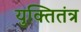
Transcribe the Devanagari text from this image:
युक्तितंत्र